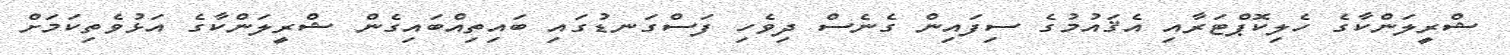
ޝްރީލަންކާގެ ހެލިކޮޕްޓަރާއި އެޤައުމުގެ ސިފައިން ގެނެސް ދިވެހި ފަސްގަނޑުގައި ބައިތިއްބައިގެން ޝްރީލަންކާގެ އަޅުވެތިކަމަށް